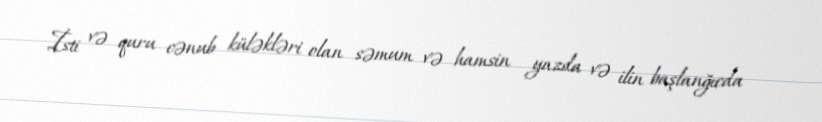
İsti və quru cənub küləkləri olan səmum və hamsin yazda və ilin başlanğıcda